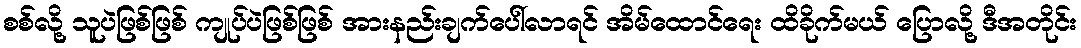
စစ်လို့ သူပဲဖြစ်ဖြစ် ကျုပ်ပဲဖြစ်ဖြစ် အားနည်းချက်ပေါ်လာရင် အိမ်ထောင်ရေး ထိခိုက်မယ် ပြောလို့ ဒီအတိုင်း